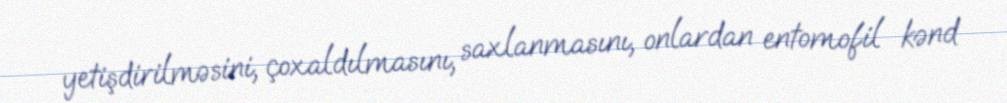
yetişdirilməsini, çoxaldılmasını, saxlanmasını, onlardan entomofil kənd